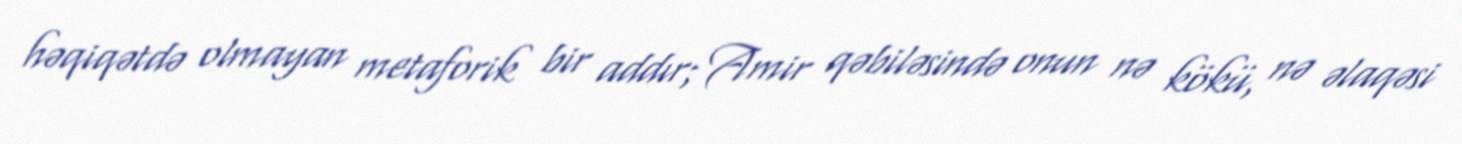
həqiqətdə olmayan metaforik bir addır; Amir qəbiləsində onun nə kökü, nə əlaqəsi